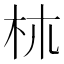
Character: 𣏕